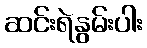
ဆင်းရဲနွမ်းပါး